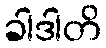
ခါဒါတိ